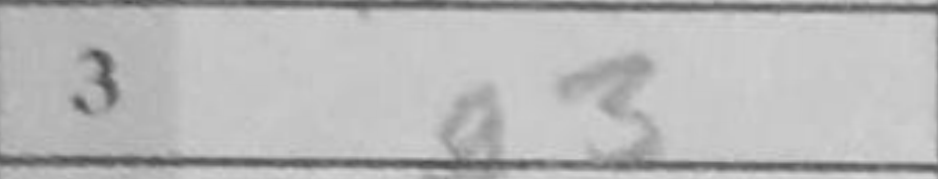
Transcription: g3